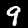
Digit: 9